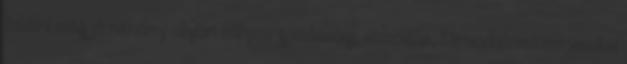
találni még jó néhány olyan súlyos gazdasági, szociális, társadalomszervezési